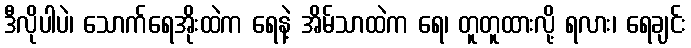
ဒီလိုပါပဲ၊ သောက်ရေအိုးထဲက ရေနဲ့ အိမ်သာထဲက ရေ၊ တူတူထားလို့ ရလား၊ ရေချင်း